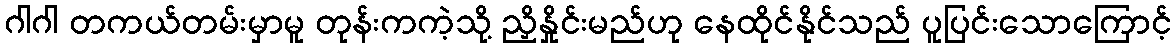
ဂါဂါ တကယ်တမ်းမှာမူ တုန်းကကဲ့သို့ ညှိနှိုင်းမည်ဟု နေထိုင်နိုင်သည် ပူပြင်းသောကြောင့်